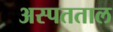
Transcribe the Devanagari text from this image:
अस्पतताल